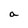
Character: a